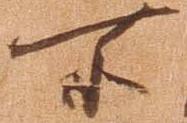
所